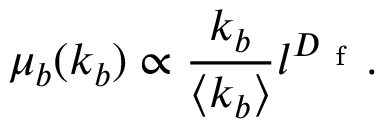
\mu _ { b } ( k _ { b } ) \propto \frac { k _ { b } } { \langle k _ { b } \rangle } l ^ { D _ { \mathrm { ~ f ~ } } } .